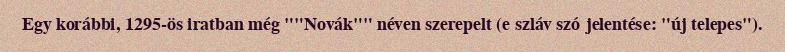
Egy korábbi, 1295-ös iratban még ""Novák"" néven szerepelt (e szláv szó jelentése: "új telepes").